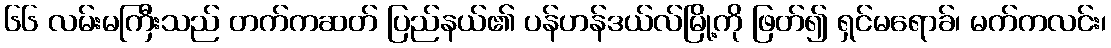
၆၆ လမ်းမကြီးသည် တက်ကဆတ် ပြည်နယ်၏ ပန်ဟန်ဒယ်လ်မြို့ကို ဖြတ်၍ ရှင်မရောခ်၊ မက်ကလင်း၊